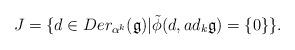
LaTeX: \begin{align*} J=\{d\in Der_{\alpha^{k}}(\mathfrak{g})| \tilde{\phi}(d,ad_{k}{\mathfrak{g}})=\{0\}\}. \end{align*}